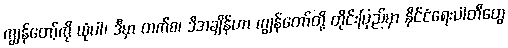
ကျွန်တော့်ကို ယုံပါ၊ ဒီမှာ တက်စ၊ ဒီအချိန်ဟာ ကျွန်တော်တို့ တိုင်းပြည်မှာ နိုင်ငံရေးပါတီတွေ